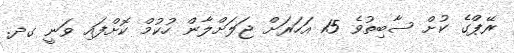
ރޭޕްގެ ކުށް ސާބިތުވެ 15 އަހަރަށް ޖަލަށްލާން ހުކުމް ކޮށްފައި ވަނީ ގދ.